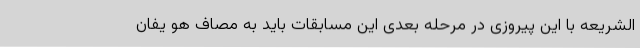
الشریعه با این پیروزی در مرحله بعدی این مسابقات باید به مصاف هو یفان